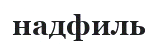
надфиль